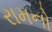
રામનો